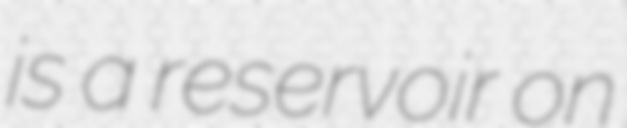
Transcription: is a reservoir on